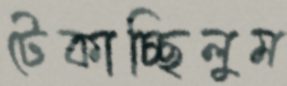
টেকাচ্ছিলুম